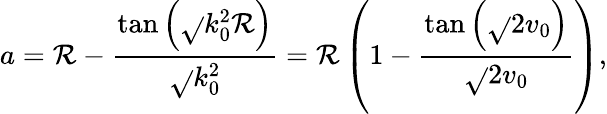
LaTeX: a=\mathcal{R}-\frac{{\tan\left(\sqrt{}{{k_{0}^{2}}}\mathcal{R}\right)}}{{\sqrt{}{{k_{0}^{2}}}}}=\mathcal{R}\left(1-\frac{{\tan\left(\sqrt{}{{2v_{0}}}\right)}}{{\sqrt{}{{2v_{0}}}}}\right),